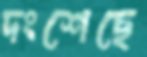
দংশেছে